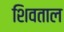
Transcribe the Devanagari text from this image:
शिवताल